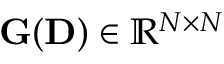
{ \bf G } ( { \bf D } ) \in \mathbb { R } ^ { N \times N }